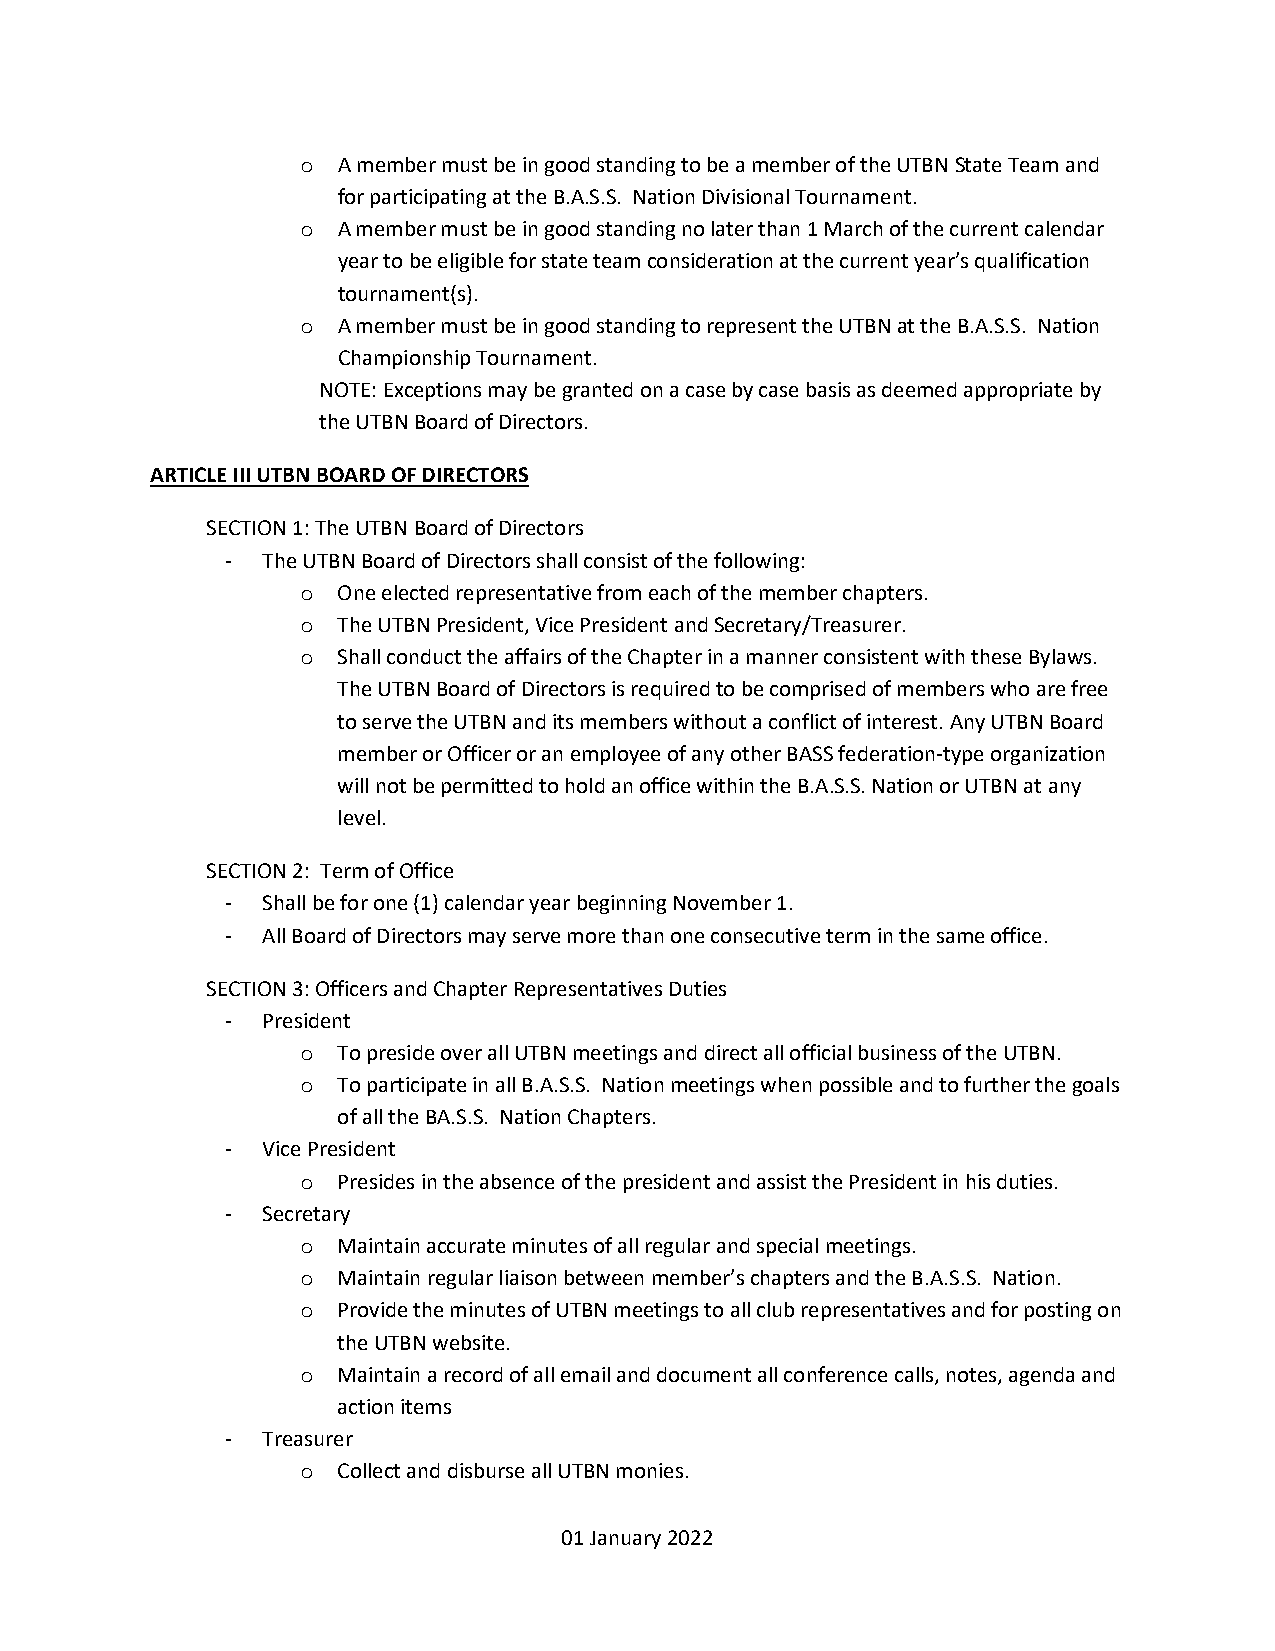
A member must be in good standing to be a member of the UTBN State Team and
 o
 for participating at the B.A.S.S. Nation Divisional Tournament.
 A member must be in good standing no later than 1 March of the current calendar
 o
 year to be eligible for state team consideration at the current year’s qualification
 tournament(s).
 A member must be in good standing to represent the UTBN at the B.A.S.S. Nation
 o
 Championship Tournament.
 NOTE: Exceptions may be granted on a case by case basis as deemed appropriate by
 the UTBN Board of Directors.
 ARTICLE III UTBN BOARD OF DIRECTORS
 SECTION 1: The UTBN Board of Directors
 - The UTBN Board of Directors shall consist of the following:
 One elected representative from each of the member chapters.
 o
 The UTBN President, Vice President and Secretary/Treasurer.
 o
 Shall conduct the affairs of the Chapter in a manner consistent with these Bylaws.
 o
 The UTBN Board of Directors is required to be comprised of members who are free
 to serve the UTBN and its members without a conflict of interest. Any UTBN Board
 member or Officer or an employee of any other BASS federation-type organization
 will not be permitted to hold an office within the B.A.S.S. Nation or UTBN at any
 level.
 SECTION 2: Term of Office
 - Shall be for one (1) calendar year beginning November 1.
 - All Board of Directors may serve more than one consecutive term in the same office.
 SECTION 3: Officers and Chapter Representatives Duties
 - President
 To preside over all UTBN meetings and direct all official business of the UTBN.
 o
 To participate in all B.A.S.S. Nation meetings when possible and to further the goals
 o
 of all the BA.S.S. Nation Chapters.
 - Vice President
 Presides in the absence of the president and assist the President in his duties.
 o
 - Secretary
 Maintain accurate minutes of all regular and special meetings.
 o
 Maintain regular liaison between member’s chapters and the B.A.S.S. Nation.
 o
 Provide the minutes of UTBN meetings to all club representatives and for posting on
 o
 the UTBN website.
 Maintain a record of all email and document all conference calls, notes, agenda and
 o
 action items
 - Treasurer
 Collect and disburse all UTBN monies.
 o
 01 January 2022